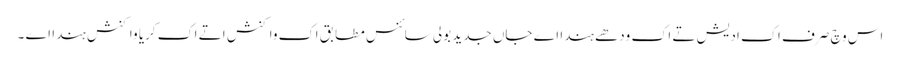
اس وچ صرف اک ادیش تے اک ودھے ہندا اے جاں جدید بولی سائنس مطابق اک واکنش اتے اک کریا واکنش ہندا اے ۔